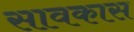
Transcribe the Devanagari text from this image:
सावकास